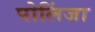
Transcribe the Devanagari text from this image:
पोलिंजा